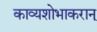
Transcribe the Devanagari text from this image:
काव्यशोभाकरान्